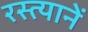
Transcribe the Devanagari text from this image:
रस्त्यानें